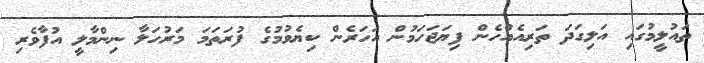
ތައުލީމުގައި އަލިގަދަ ތަރިއެއްހެން ފިޔަޖަހަމުން އަހަރެން ކިޔެވުމުގެ ފުރަތަމަ މަރުހަލާ ނިންމާލީ އުފާވެރި